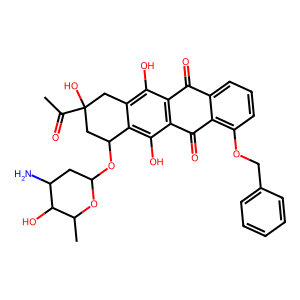
SMILES: CC(=O)C1(O)Cc2c(O)c3c(c(O)c2C(OC2CC(N)C(O)C(C)O2)C1)C(=O)c1c(OCc2ccccc2)cccc1C3=O
Inhibits HIV replication: No